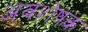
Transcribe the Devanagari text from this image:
अवशेषक